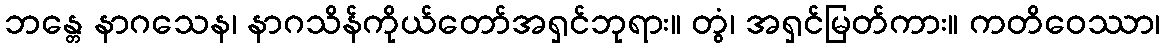
ဘန္တေ နာဂသေန၊ နာဂသိန်ကိုယ်တော်အရှင်ဘုရား။ တွံ၊ အရှင်မြတ်ကား။ ကတိဝေဿာ၊